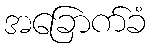
အခြောက်ခံ